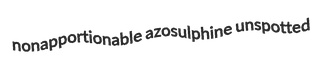
nonapportionable azosulphine unspotted